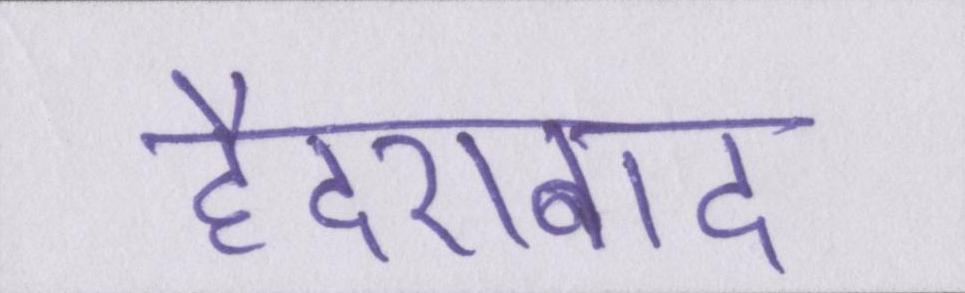
हैदराबाद